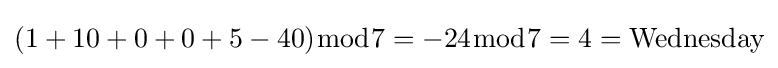
(1+10+0+0+5-40){\bmod {7}}=-24{\bmod {7}}=4={\text{Wednesday}}